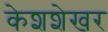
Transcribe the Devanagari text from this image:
केशशेखर